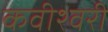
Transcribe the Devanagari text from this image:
कवीश्वरी